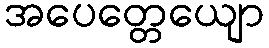
အပေတ္တေယျော